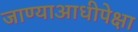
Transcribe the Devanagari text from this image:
जाण्याआधीपेक्षा